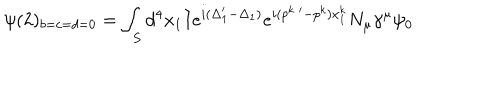
\psi ( 2 ) _ { b = c = d = 0 } = \int _ { S } d ^ { 4 } x _ { 1 } I e ^ { i ( \Delta _ { 1 } ^ { \prime } - \Delta _ { 1 } ) } e ^ { i ( p ^ { k \; \prime } - p ^ { k } ) x _ { 1 } ^ { k } } N _ { \mu } \gamma ^ { \mu } \psi _ { 0 }